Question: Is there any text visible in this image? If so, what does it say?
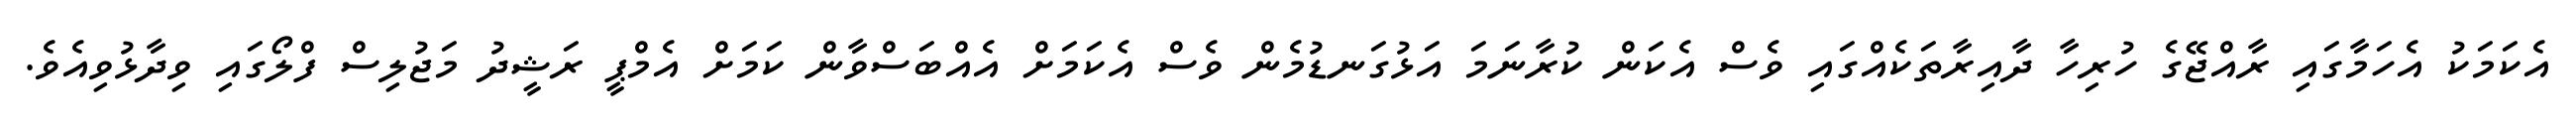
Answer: އެކަމަކު އެހަމާގައި ރާއްޖޭގެ ހުރިހާ ދާއިރާތަކެއްގައި ވެސް އެކަން ކުރާނަމަ އަޅުގަނޑުމެން ވެސް އެކަމަށް އެއްބަސްވާން ކަމަށް އެމްޕީ ރަޝީދު މަޖުލިސް ފްލޯގައި ވިދާޅުވިއެވެ.